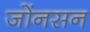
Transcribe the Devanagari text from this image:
जोंनसन